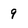
Character: 9